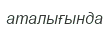
аталығында